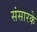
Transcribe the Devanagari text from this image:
संसारके